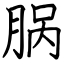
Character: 脶